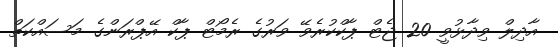
އާދިލް ވިދާޅުވީ 20 ޖެޓް ޕާކްކުރެވޭ ވަރުގެ ރެމޯޓް ޕާކް އޭޕްރަންގެ މަސައްކަތް